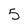
Character: 5